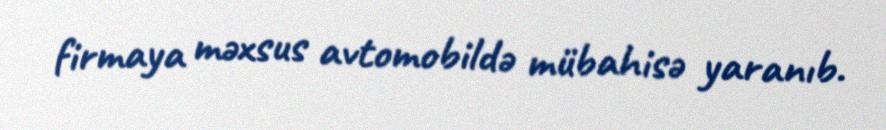
firmaya məxsus avtomobildə mübahisə yaranıb.